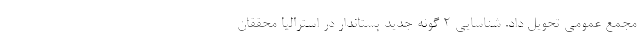
مجمع عمومی تحویل داد. شناسایی ۲ گونه جدید پستاندار در استرالیا محققان